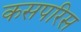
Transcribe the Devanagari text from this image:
कसपरिस